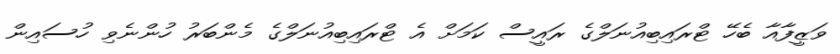
ވަޒީފާއާ ބެހޭ ޓްރައިބިއުނަލްގެ ރައީސް ކަމަށް އެ ޓްރައިބިއުނަލްގެ މެންބަރު ހުންނެވި ހުސައިން